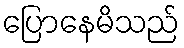
ပြောနေမိသည်